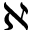
\aleph